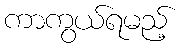
ကာကွယ်ရမည့်